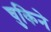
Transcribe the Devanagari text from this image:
चुकिने